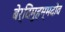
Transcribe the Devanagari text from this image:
बेर्दिमुहम्मदोव